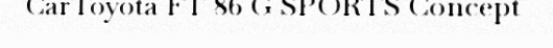
CarToyota FT-86 G SPORTS Concept